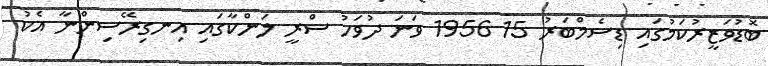
ބޮޑުވަޒީރުކަމުގައި ޑިސެމްބަރު 15 1956 ވަނަ ދުވަހު ސްރީ ލަންކާގައި އިނގިރޭސިންނާ އެކު